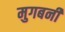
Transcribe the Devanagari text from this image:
मुगबर्नी